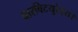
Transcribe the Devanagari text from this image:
बारबिटयुरेट्स।